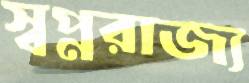
স্বপ্নরাজ্য